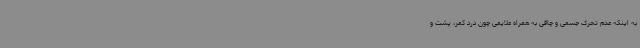
به اینکه عدم تحرک جسمی و چاقی به همراه علایمی چون درد کمر، پشت و